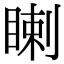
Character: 𥈙